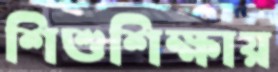
শিশুশিক্ষায়